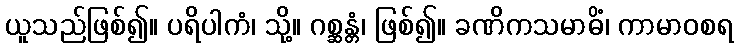
ယူသည်ဖြစ်၍။ ပရိပါကံ၊ သို့။ ဂစ္ဆန္တံ၊ ဖြစ်၍။ ခဏိကသမာဓိံ၊ ကာမာဝစရ